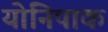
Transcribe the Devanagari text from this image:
योनिपाक